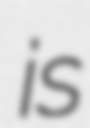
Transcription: is